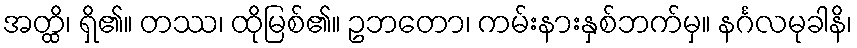
အတ္ထိ၊ ရှိ၏။ တဿ၊ ထိုမြစ်၏။ ဥဘတော၊ ကမ်းနားနှစ်ဘက်မှ။ နင်္ဂလမုခါနိ၊